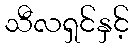
သီလရှင်နှင့်